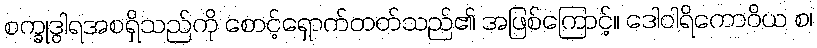
စက္ခုဒွါရအစရှိသည်ကို စောင့်ရှောက်တတ်သည်၏ အဖြစ်ကြောင့်။ ဒေါဝါရိကောဝိယ စ၊